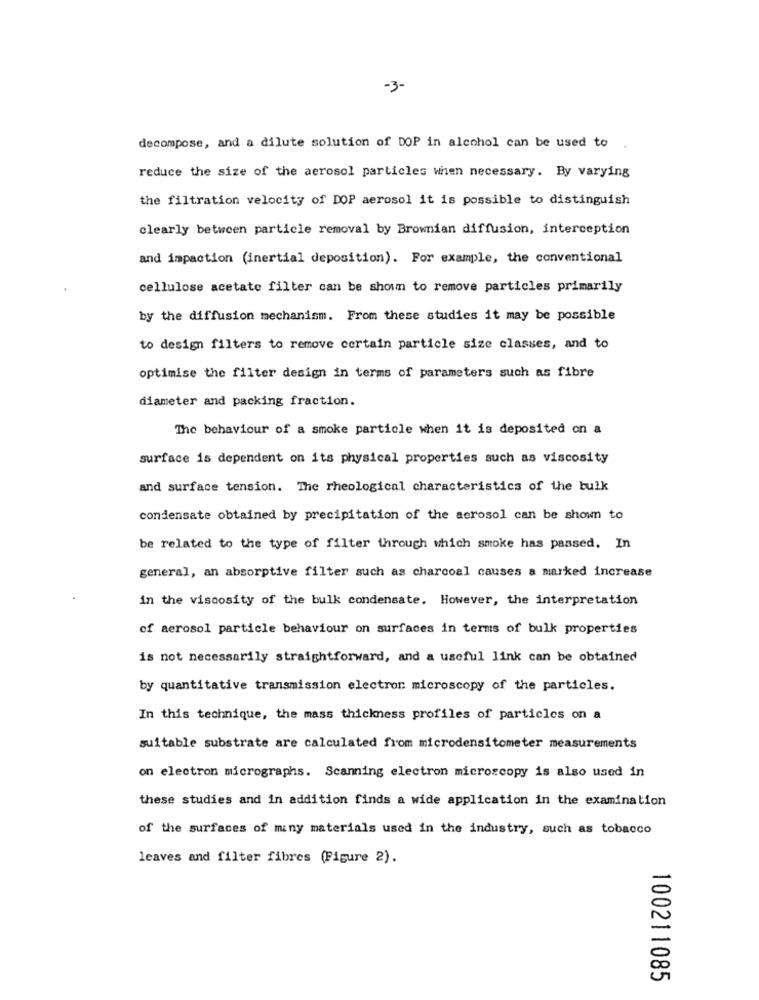
-3-
decompose, and a dilute solution of DOP in alcohol can be used to
reduce the size of the aerosol particles when necessary. By varying
the filtration velocity of DOP aerosol it is possible to distinguish
clearly between particle removal by Brownian diffusion, interception
and impaction (inertial deposition). For example, the conventional
cellulose acetate filter can be shown to remove particles primarily
by the diffusion mechanism. From these studies it may be possible
to design filters to remove certain particle size classes, and to
optimise the filter design in terms of parameters such as fibre
diameter and packing fraction.
The behaviour of a smoke particle when it is deposited on a
surface is dependent on its physical properties such as viscosity
and surface tension. The rheological characteristics of the bulk
condensate obtained by precipitation of the aerosol can be shown to
be related to the type of filter through which smoke has passed. In
general, an absorptive filter such as charcoal causes a marked increase
in the viscosity of the bulk condensate. However, the interpretation
of aerosol particle behaviour on surfaces in terms of bulk properties
is not necessarily straightforward, and a useful link can be obtained
by quantitative transmission electron microscopy of the particles.
In this technique, the mass thickness profiles of particles on a
suitable substrate are calculated from microdensitometer measurements
on electron micrographs. Scanning electron microscopy is also used in
these studies and in addition finds a wide application in the examination
of the surfaces of many materials used in the industry, such as tobacco
leaves and filter fibres (Figure 2).
100211085